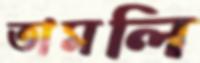
তামলি